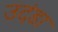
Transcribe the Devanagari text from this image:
उदंडा